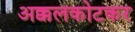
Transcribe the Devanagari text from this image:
अक्कलकोटकर